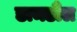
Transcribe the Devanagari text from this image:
डामडौल